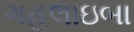
ગહલાઇબા